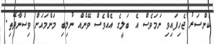
ކެންސަރު ޖެހިފައިވި ނަމަވެސް އެ ބަލީގެ އެއްވެސް ވޭނެއް ނުލިބި މަންމައަށް ވިސްނާދޭތި.